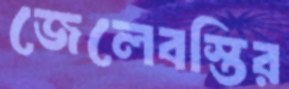
জেলেবস্তির